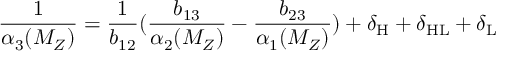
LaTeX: \frac { 1 } { \alpha _ { 3 } ( M _ { Z } ) } = \frac { 1 } { b _ { 1 2 } } ( \frac { b _ { 1 3 } } { \alpha _ { 2 } ( M _ { Z } ) } - \frac { b _ { 2 3 } } { \alpha _ { 1 } ( M _ { Z } ) } ) + \delta _ { \mathrm { H } } + \delta _ { \mathrm { H L } } + \delta _ { \mathrm { L } }